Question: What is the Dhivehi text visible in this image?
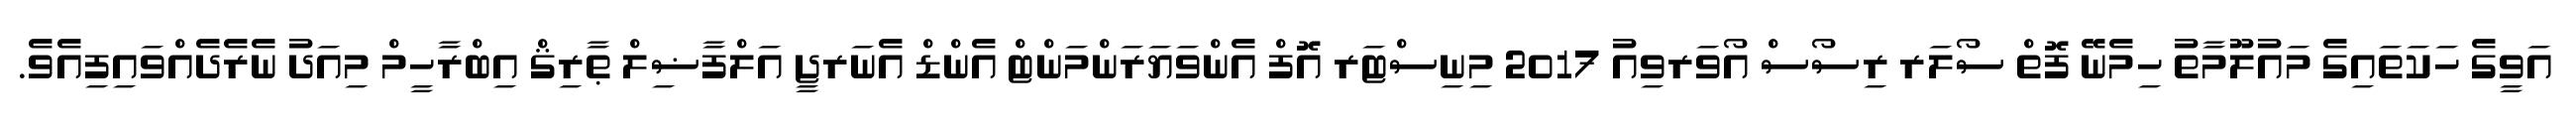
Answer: އަވީގެ ހަކަތައިގެ މައުލޫމާތު ހިމެނޭ ފޮތް ސޯލަރ ރިސޯސް އޯވަރވިއު 2017 މިނިސްޓަރ އޮފް އެންވަޔަރަންމަންޓް އެންޑް އެނަރޖީ އަލްފާޟިލް ޠާރިޤް އިބްރާހީމް މިއަދު ނެރެދެއްވައިފިއެވެ.